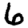
Digit: 6